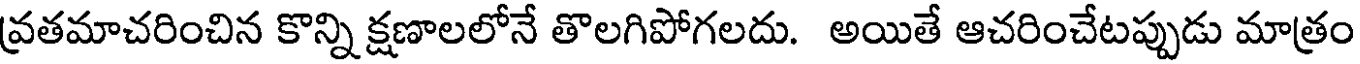
వ్రతమాచరించిన కొన్ని క్షణాలలోనే తొలగిపోగలదు. అయితే ఆచరించేటప్పుడు మాత్రం